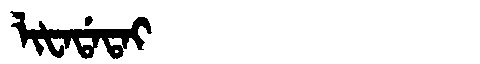
Manchu: ᠯᡳᡶᠠᡩᠠᡨᠠᡳ
Romanization: LIFADATAI